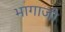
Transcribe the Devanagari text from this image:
भागाजी